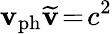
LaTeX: \mathbf{v}_{\mathrm{{ph}}}\widetilde{{\mathbf{v}}}\! =\! c^{2}